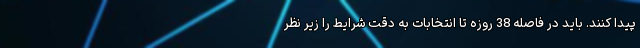
پیدا کنند. باید در فاصله 38 روزه تا انتخابات به دقت شرایط را زیر نظر